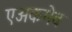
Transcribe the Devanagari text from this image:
एअकमेव